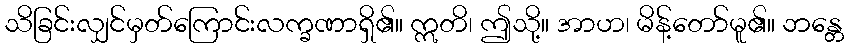
သိခြင်းလျှင်မှတ်ကြောင်းလက္ခဏာရှိ၏။ ဣတိ၊ ဤသို့။ အာဟ၊ မိန့်တော်မူ၏။ ဘန္တေ